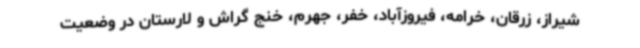
شیراز، زرقان، خرامه، فیروزآباد، خفر، جهرم، خنج گراش و لارستان در وضعیت